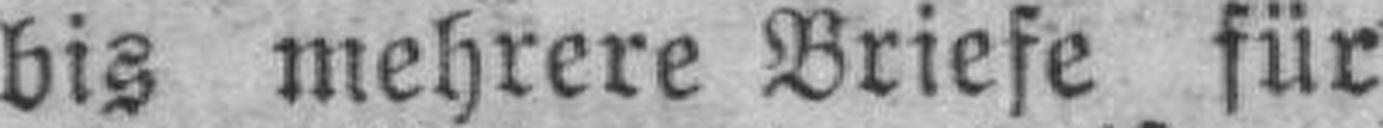
bis mehrere Briefe für